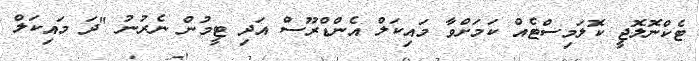
ޓެކްނޮލޮޖީ ކޮލަމިސްޓެއް ކަމަށްވާ މައިކަލް އެންޑްރޫސް އަދި ޓީމުން ނެރުނު "ދަ މައިކަލް